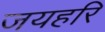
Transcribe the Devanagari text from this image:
जयहरि